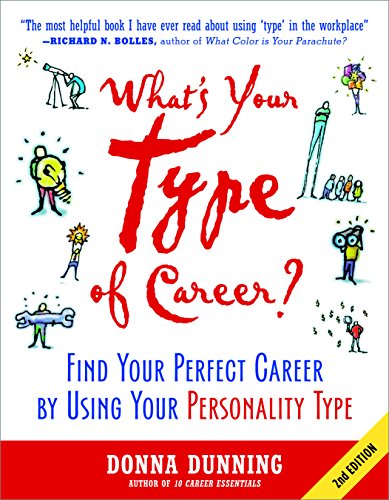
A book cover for What's Your Type of Career?: Find Your Perfect Career by Using Your Personality Type; Donna Dunning; Health, Fitness & Dieting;